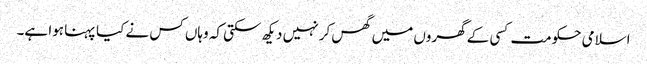
اسلامی حکومت کسی کے گھروں میں گھس کر نہیں دیکھ سکتی کہ وہاں کس نے کیا پہنا ہوا ہے۔